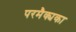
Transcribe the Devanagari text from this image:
परमैक्यका